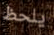
يلحظ